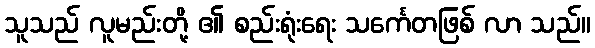
သူသည် လူမည်းတို့ ၏ စည်းရုံးရေး သင်္ကေတဖြစ် လာ သည်။